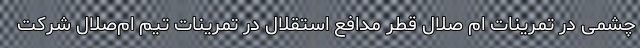
چشمی در تمرینات ام صلال قطر مدافع استقلال در تمرینات تیم ام‌صلال شرکت